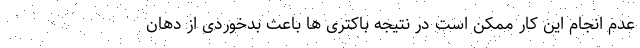
عدم انجام این کار ممکن است در نتیجه باکتری ها باعث بدخوردی از دهان